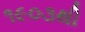
૧૯૦૩થી